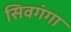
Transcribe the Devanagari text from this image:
सिवगंगा